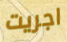
اجريت